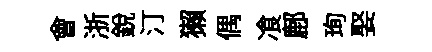
會浙銳汀獺偶飡鄜珣娶